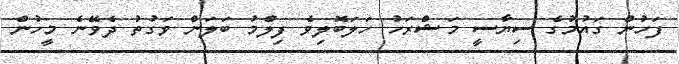
ފަހުން ގައުމުގެ ސިޔާސީ މަޝްރަހު ހަލަބޮލިވެ ފިލްމު ބަލަން ވަގުތު ދެވޭނެ މީހުން